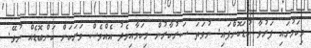
މިކަމުގައި ފަރުވާ ކުޑަކޮށްފައި. ނުވަތަ ސަރުކާރުން މިކަމާއިމެދު އެއްވެސް ވަރަކަށް ކަންބޮޑެއް ނުވޭ.